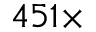
4 5 1 \times